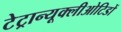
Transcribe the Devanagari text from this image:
टेट्रान्यूक्लीओटिडों